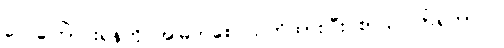
လေကြောင်းရန်ကို အမြဲတစေ သတိထားပြီး စာသင်ကြရတာပါ။